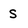
Character: S